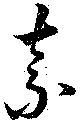
奈